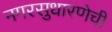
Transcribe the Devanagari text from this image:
नगरसुधारणेची